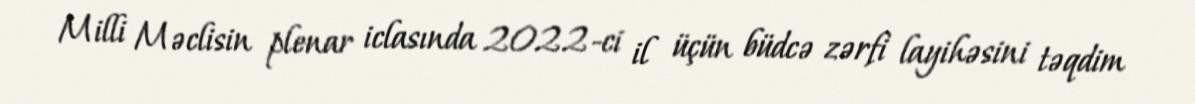
Milli Məclisin plenar iclasında 2022-ci il üçün büdcə zərfi layihəsini təqdim